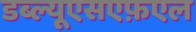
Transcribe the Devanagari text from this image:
डब्ल्यूएसएफ़एल